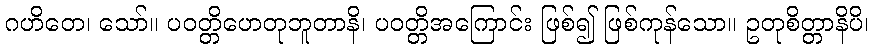
ဂဟိတေ၊ သော်။ ပဝတ္တိဟေတုဘူတာနိ၊ ပဝတ္တိအကြောင်း ဖြစ်၍ ဖြစ်ကုန်သော။ ဥတုစိတ္တာနိပိ၊